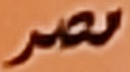
مصر